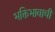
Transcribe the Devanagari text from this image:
भक्तिभावाची